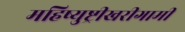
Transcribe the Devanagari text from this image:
महिष्युष्ट्रीखरीगामी